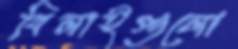
বিলাইগুলো